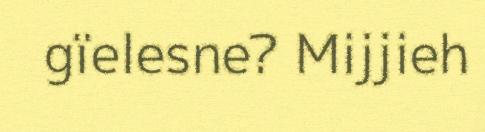
gïelesne? Mijjieh